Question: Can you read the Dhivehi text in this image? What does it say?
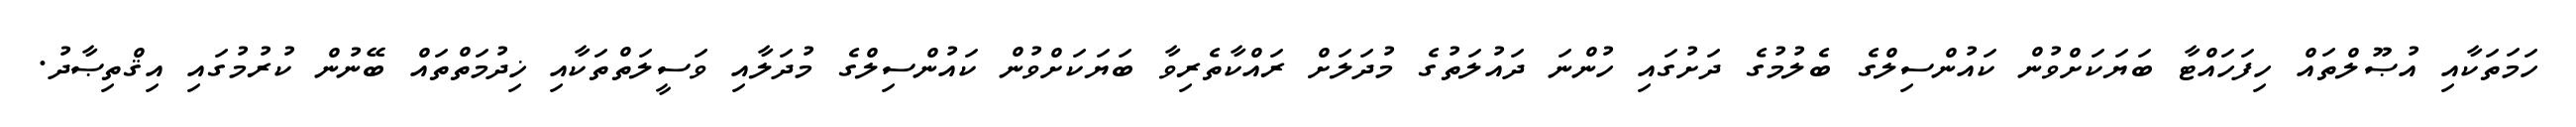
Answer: ހަމަތަކާއި އުޞޫލްތައް ހިފަހައްޓާ ބަޔަކަށްވުން ކައުންސިލްގެ ބެލުމުގެ ދަށުގައި ހުންނަ ދައުލަތުގެ މުދަލަށް ރައްކާތެރިވާ ބަޔަކަށްވުން ކައުންސިލްގެ މުދަލާއި ވަސީލަތްތަކާއި ޚިދުމަތްތައް ބޭނުން ކުރުމުގައި އިޤްތިޞާދު.